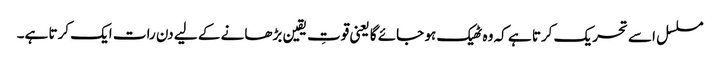
مسلسل اسے تحریک کرتا ہے کہ وہ ٹھیک ہو جائے گا یعنی قوتِ یقین بڑھانے کے لیے دن رات ایک کرتا ہے۔